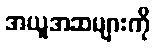
အယူအဆများကို